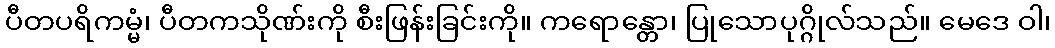
ပီတပရိကမ္မံ၊ ပီတကသိုဏ်းကို စီးဖြန်းခြင်းကို။ ကရောန္တော၊ ပြုသောပုဂ္ဂိုလ်သည်။ မေဒေ ဝါ၊